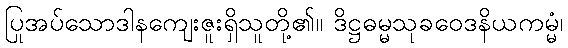
ပြုအပ်သောဒါနကျေးဇူးရှိသူတို့၏။ ဒိဋ္ဌဓမ္မသုခဝေဒနိယကမ္မံ၊